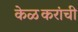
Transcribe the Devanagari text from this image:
केळकरांची